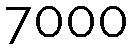
7000